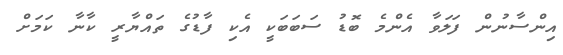
އިންސާނުން ފަލަވާ އެންމެ ބޮޑު ސަބަބަކީ އެކި ފާޑުގެ ތައްޔާރީ ކާނާ ކަމަށް